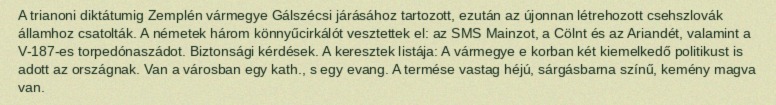
A trianoni diktátumig Zemplén vármegye Gálszécsi járásához tartozott, ezután az újonnan létrehozott csehszlovák államhoz csatolták. A németek három könnyűcirkálót vesztettek el: az SMS Mainzot, a Cölnt és az Ariandét, valamint a V-187-es torpedónaszádot. Biztonsági kérdések. A keresztek listája: A vármegye e korban két kiemelkedő politikust is adott az országnak. Van a városban egy kath., s egy evang. A termése vastag héjú, sárgásbarna színű, kemény magva van.